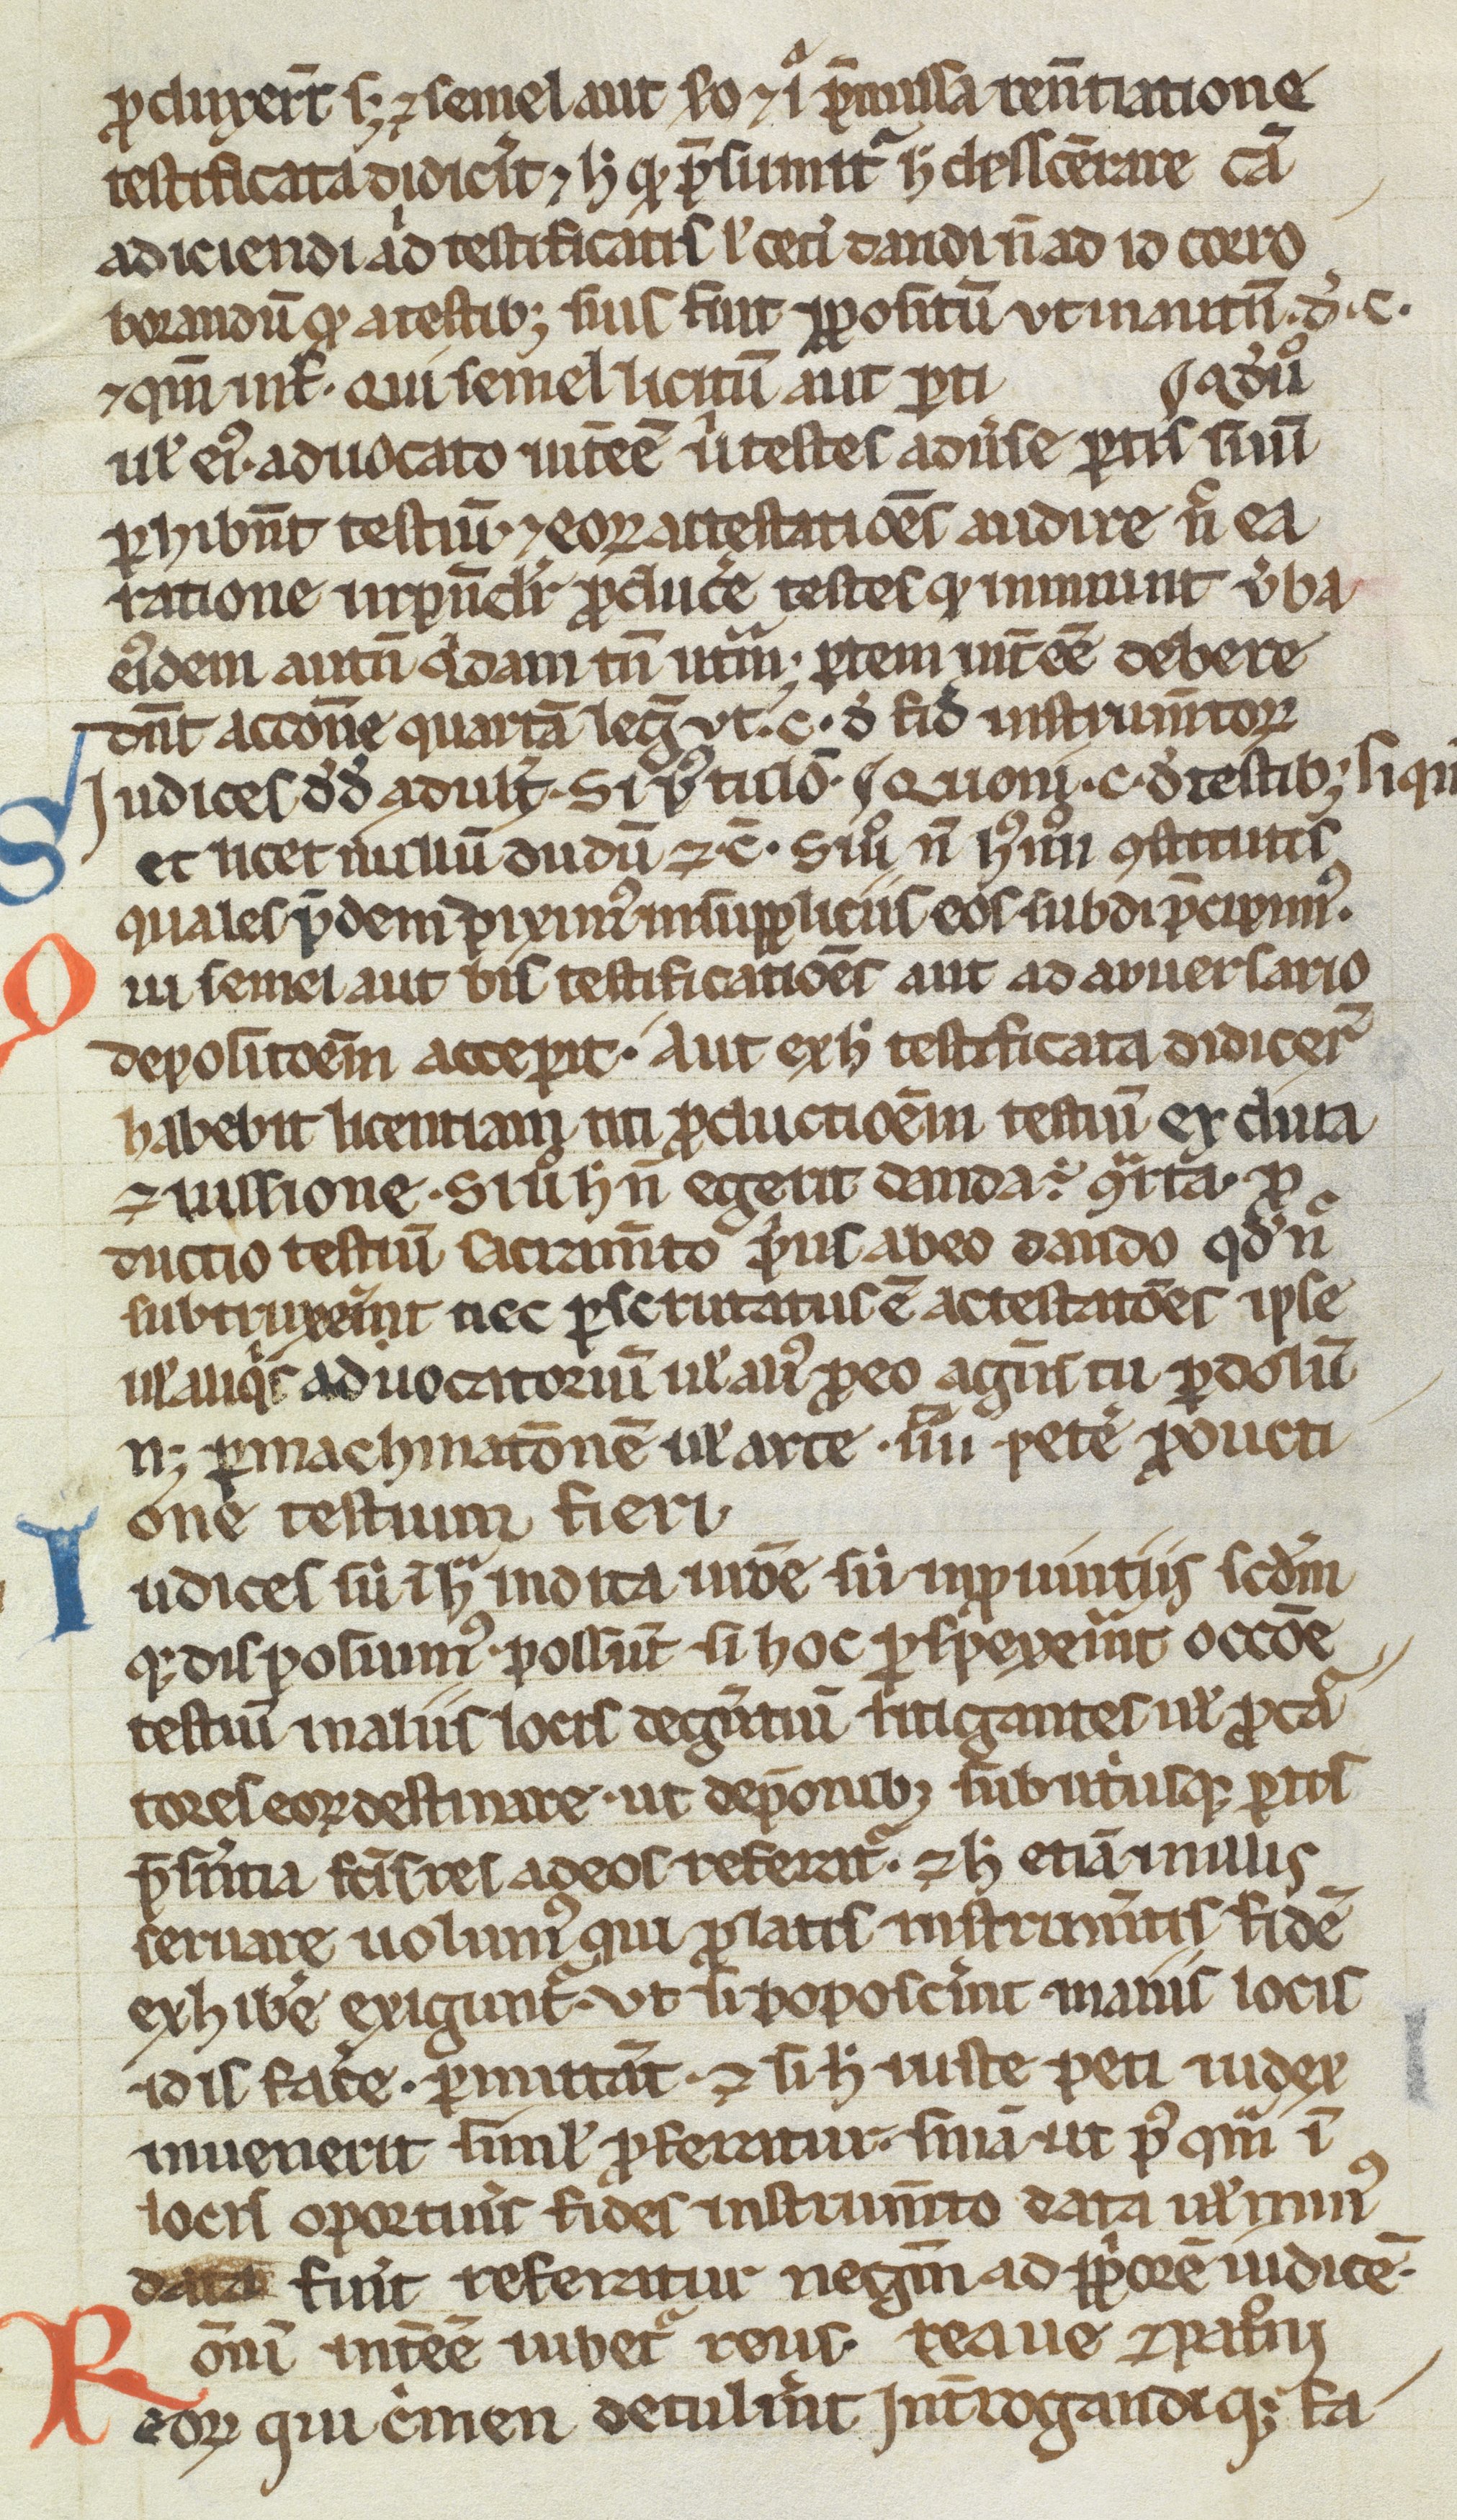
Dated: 1200–1299